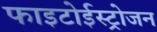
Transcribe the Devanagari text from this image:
फाइटोईस्ट्रोजन